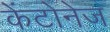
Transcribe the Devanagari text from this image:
केंटोनेज